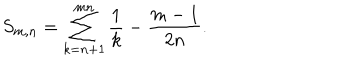
S _ { m , n } = \sum _ { k = n + 1 } ^ { m n } \frac { 1 } { k } - \frac { m - 1 } { 2 n } .